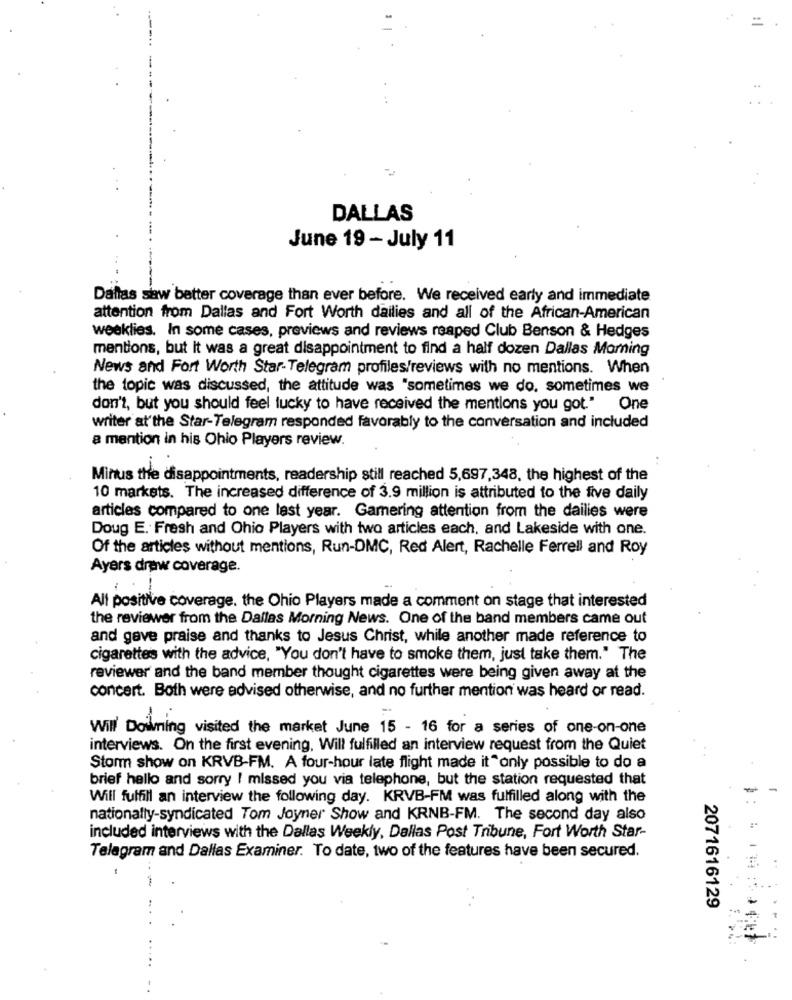
DALLAS
June 19 - July 11
Dallas saw better coverage than ever before. We received early and immediate
attention from Dallas and Fort Worth dailies and all of the African-American
weeklies. In some cases, previews and reviews reaped Club Benson & Hedges
mentions, but it was a great disappointment to find a half dozen Dallas Morning
News and Fort Worth Star-Telegram profiles/reviews with no mentions. When
the topic was discussed, the attitude was "sometimes we do. sometimes we
don't, but you should feel lucky to have received the mentions you got."
One
writer at the Star-Telegram responded favorably to the conversation and included
a mention in his Ohio Players review.
Minus the disappointments, readership still reached 5,697,348, the highest of the
10 markets. The increased difference of 3.9 million is attributed to the five daily
articles compared to one last year. Gamering attention from the dailies were
Doug E. Fresh and Ohio Players with two articles each, and Lakeside with one.
Of the articles without mentions, Run-DMC, Red Alert, Rachelle Ferrell and Roy
Ayers draw coverage.
All positive coverage. the Ohio Players made a comment on stage that interested
the reviewer from the Dallas Morning News. One of the band members came out
and gave praise and thanks to Jesus Christ, while another made reference to
cigarettes with the advice, "You don't have to smoke them, just take them." The
reviewer and the band member thought cigarettes were being given away at the
concert. Both were advised otherwise, and no further mention was heard or read.
Will Doikning visited the market June 15 - 16 for a series of one-on-one
interviews. On the first evening. Will fulfilled an interview request from the Quiet
Storm show on KRVB-FM. A four-hour late flight made it only possible to do a
brief hello and sorry I missed you via telephone, but the station requested that
Will fulfill an interview the following day. KRVB-FM was fulfilled along with the
nationally-syndicated Tom Joyner Show and KRNB-FM. The second day also
included interviews with the Dallas Weekly, Dallas Post Tribune, Fort Worth Star-
Telegram and Dallas Examiner. To date, two of the features have been secured.
2071616129